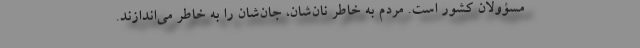
مسؤولان کشور است. مردم به خاطر نان‌شان، جان‌شان را به خاطر می‌اندازند.